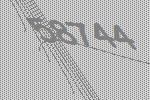
58744